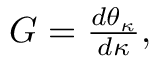
\begin{array} { r } { G = \frac { d \theta _ { \kappa } } { d \kappa } , } \end{array}